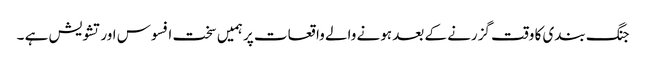
جنگ بندی کا وقت گزرنے کے بعد ہونے والے واقعات پر ہمیں سخت افسوس اور تشویش ہے ۔